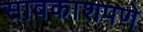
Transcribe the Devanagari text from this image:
सावकाशपणे